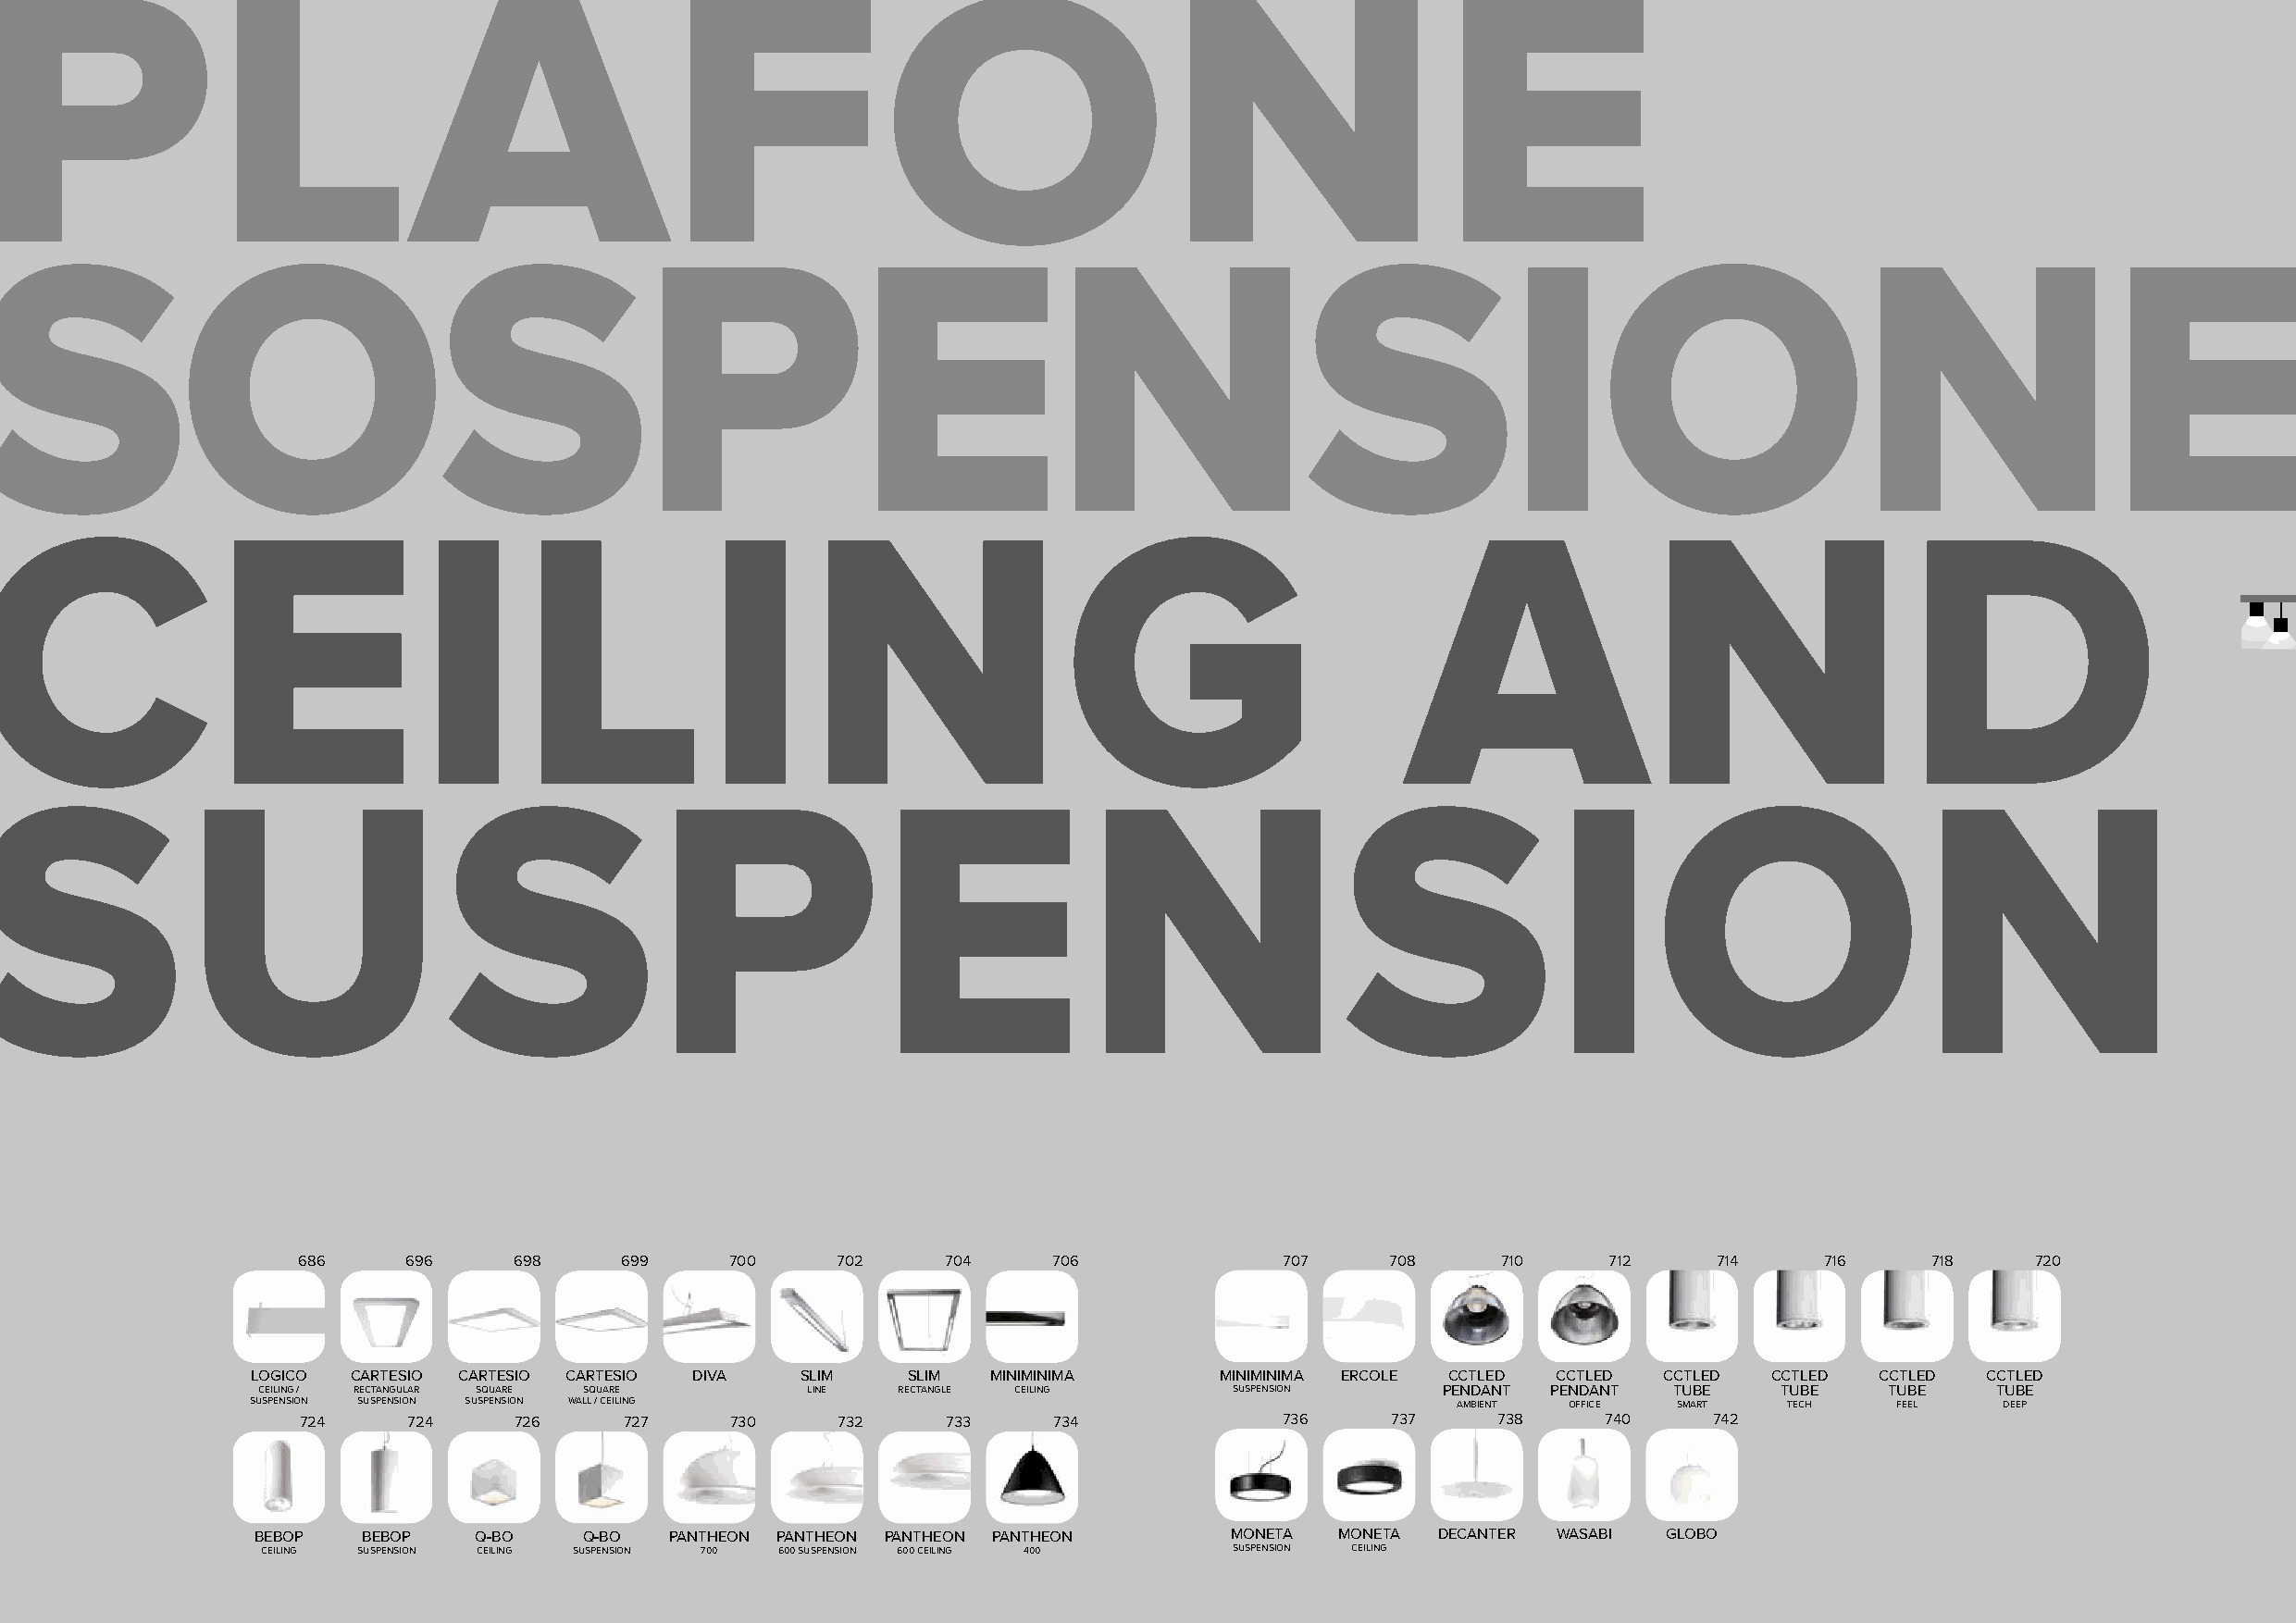
PLAFONE
 SOSPENSIONE
 CEILING                                                                                              AND
 SUSPENSION
 686     696     698    699     700     702     704    706              707    708     710     712     714    716     718     720
 LOGICO CARTESIO CARTESIO CARTESIO DIVA SLIM    SLIM  MINIMINIMA      MINIMINIMA ERCOLE CCTLED CCTLED CCTLED  CCTLED CCTLED  CCTLED
 CEILING / RECTANGULAR SQUARE SQUARE     LINE  RECTANGLE CEILING       SUSPENSION     PENDANT PENDANT  TUBE   TUBE    TUBE    TUBE
 SUSPENSION SUSPENSION SUSPENSION WALL / CEILING                                       AMBIENT OFFICE  SMART   TECH    FEEL   DEEP
 724     724     726     727    730     732     733    734              736     737    738     740     742
 BEBOP   BEBOP   Q-BO    Q-BO  PANTHEON PANTHEON PANTHEON PANTHEON     MONETA  MONETA DECANTER WASABI GLOBO
 CEILING SUSPENSION CEILING SUSPENSION 700 600 SUSPENSION 600 CEILING 400 SUSPENSION CEILING